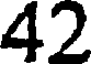
42